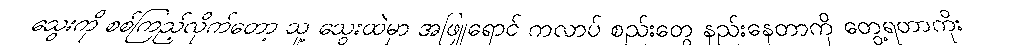
သွေးကို စစ်ကြည့်လိုက်တော့ သူ့ သွေးထဲမှာ အဖြူရောင် ကလာပ် စည်းတွေ နည်းနေတာကို တွေ့ရတာကိုး